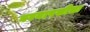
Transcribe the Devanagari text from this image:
घरवापसीचा